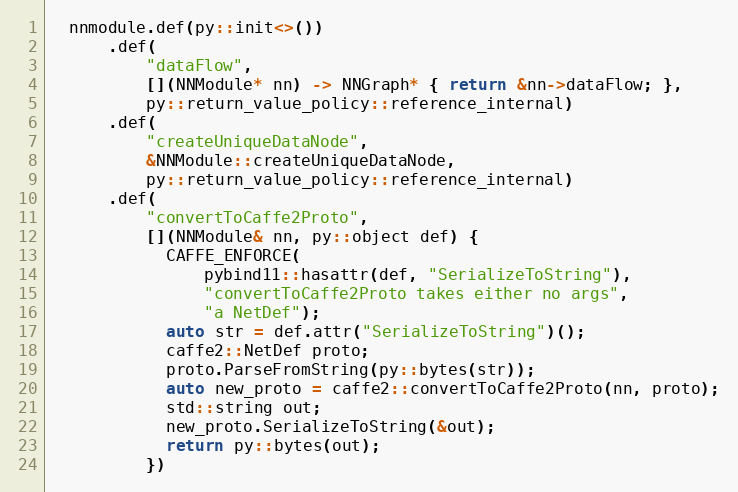
Language: C++
  nnmodule.def(py::init<>())
      .def(
          "dataFlow",
          [](NNModule* nn) -> NNGraph* { return &nn->dataFlow; },
          py::return_value_policy::reference_internal)
      .def(
          "createUniqueDataNode",
          &NNModule::createUniqueDataNode,
          py::return_value_policy::reference_internal)
      .def(
          "convertToCaffe2Proto",
          [](NNModule& nn, py::object def) {
            CAFFE_ENFORCE(
                pybind11::hasattr(def, "SerializeToString"),
                "convertToCaffe2Proto takes either no args",
                "a NetDef");
            auto str = def.attr("SerializeToString")();
            caffe2::NetDef proto;
            proto.ParseFromString(py::bytes(str));
            auto new_proto = caffe2::convertToCaffe2Proto(nn, proto);
            std::string out;
            new_proto.SerializeToString(&out);
            return py::bytes(out);
          })